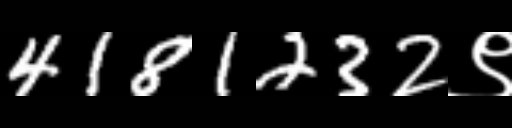
Text: 4181232९